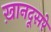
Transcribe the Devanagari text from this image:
ख़ानदूसरे